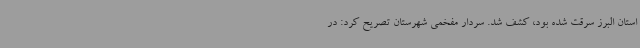
استان البرز سرقت شده بود، کشف شد. سردار مفخمی شهرستان تصریح کرد: در